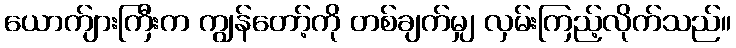
ယောက်ျားကြီးက ကျွန်တော့်ကို တစ်ချက်မျှ လှမ်းကြည့်လိုက်သည်။